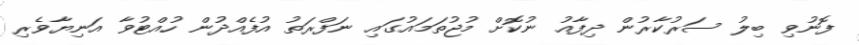
ފޮނުވި ބިލު ސަރުކާރުން ދިފާއު ނުކޮށް މުޖުތަމައުގައި ނަފްރަތު އުފެއްދުން ހުއްޓުވާ އަނިޔާވެރި